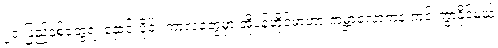
၂၀ ပြည့်နှစ်တွေရဲ့ နှောင်းပိုင်း ကာလတွေမှာ အိုပဲန်ဟိုင်မာဟာ ကမ္ဘာလောကနဲ့ ကင်းကွာနိုင်မယ့်